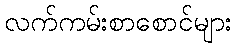
လက်ကမ်းစာစောင်များ